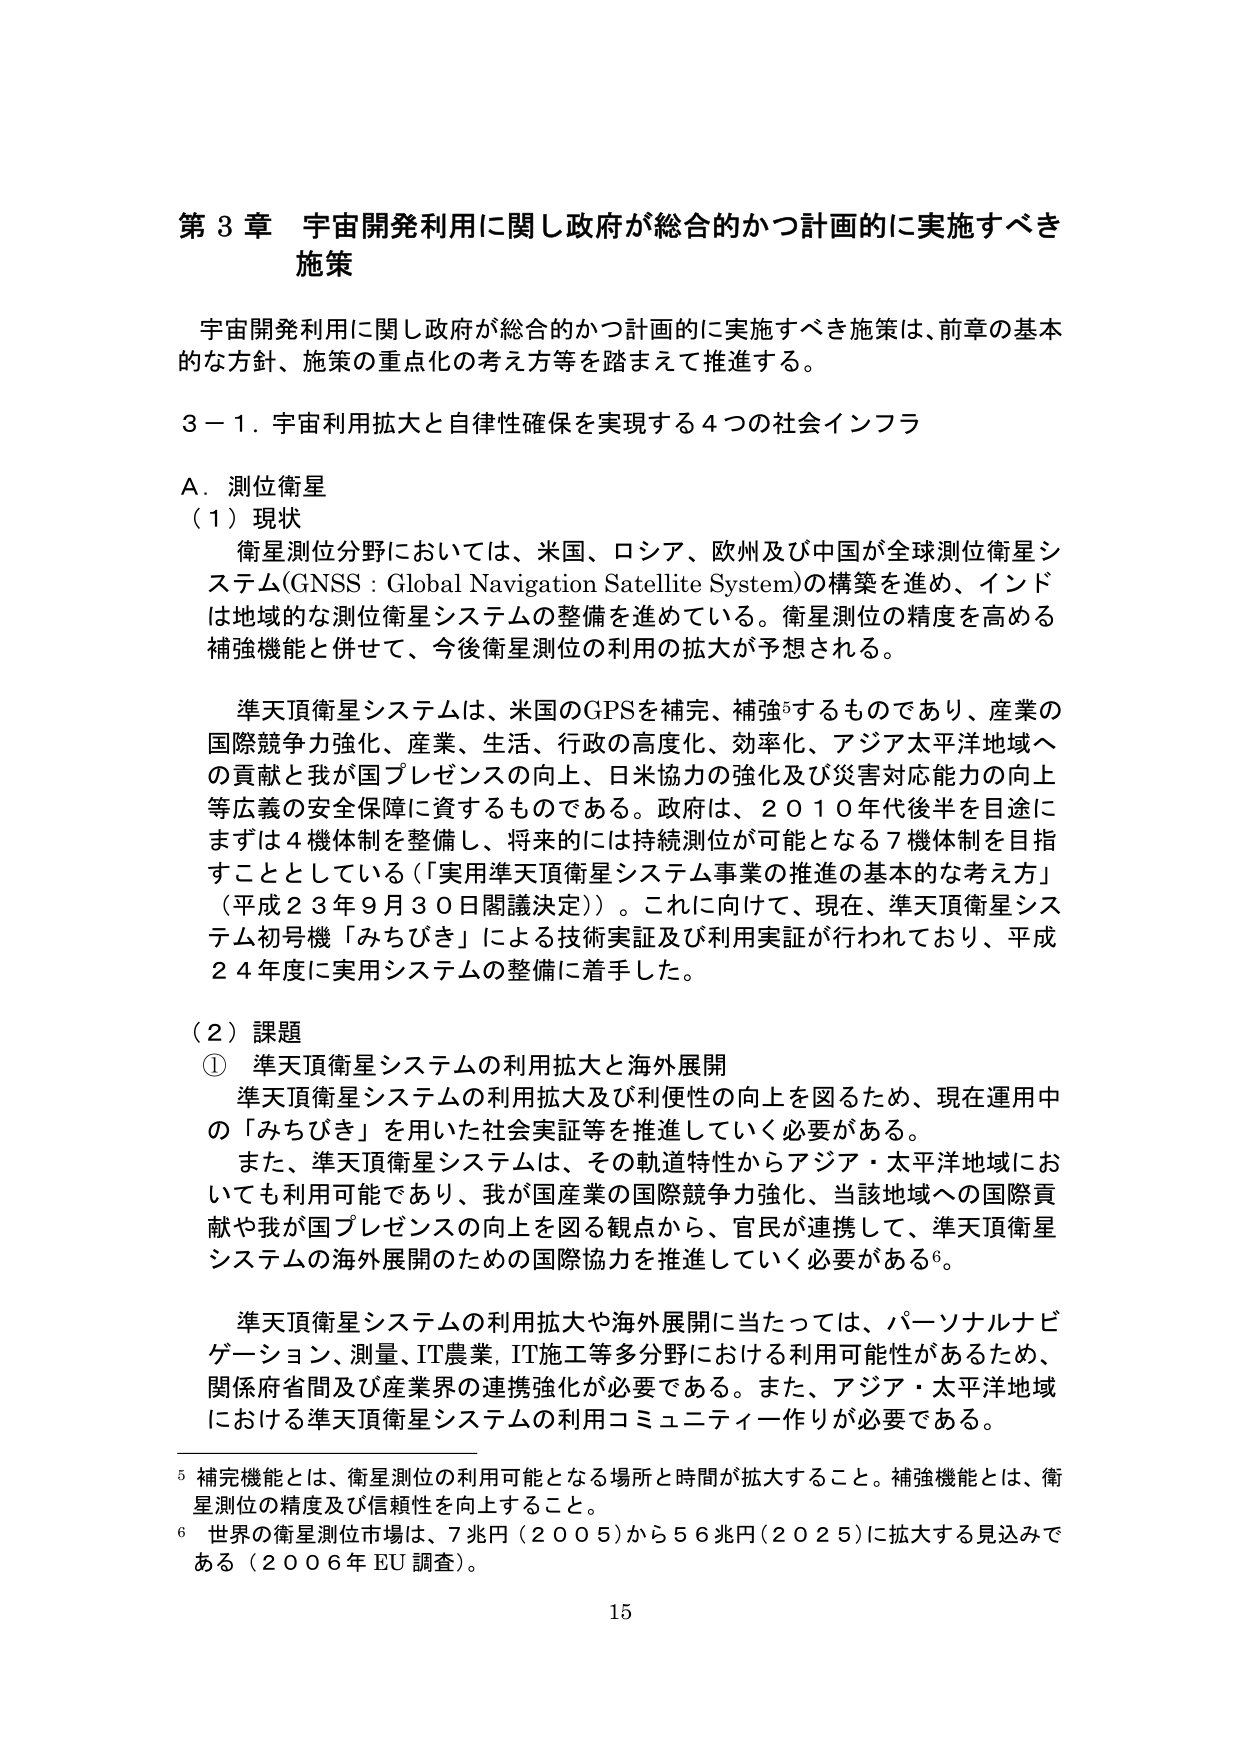
第３章 宇宙開発利用に関し政府が総合的かつ計画的に実施すべき施策

宇宙開発利用に関し政府が総合的かつ計画的に実施すべき施策は、前章の基本的な方針、施策の重点化の考え方等を踏まえて推進する。

３－１．宇宙利用拡大と自律性確保を実現する４つの社会インフラ

Ａ．測位衛星

（１）現状

衛星測位分野においては、米国、ロシア、欧州及び中国が全球測位衛星システム（GNSS：Global Navigation Satellite System）の構築を進め、インドは地域的な測位衛星システムの整備を進めている。衛星測位の精度を高める補強機能と併せて、今後衛星測位の利用の拡大が予想される。

準天頂衛星システムは、米国のGPSを補完、補強⁵するものであり、産業の国際競争力強化、産業、生活、行政の高度化、効率化、アジア太平洋地域への貢献と我が国プレゼンスの向上、日米協力の強化及び災害対応能力の向上等広義の安全保障に資するものである。政府は、２０１０年代後半を目途にまずは４機体制を整備し、将来的には持続測位が可能となる７機体制を目指すこととしている（「実用準天頂衛星システム事業の推進の基本的な考え方」（平成２３年９月３０日閣議決定））。これに向けて、現在、準天頂衛星システム初号機「みちびき」による技術実証及び利用実証が行われており、平成２４年度に実用システムの整備に着手した。

（２）課題

① 準天頂衛星システムの利用拡大と海外展開

準天頂衛星システムの利用拡大及び利便性の向上を図るため、現在運用中の「みちびき」を用いた社会実証等を推進していく必要がある。

また、準天頂衛星システムは、その軌道特性からアジア・太平洋地域においても利用可能であり、我が国産業の国際競争力強化、当該地域への国際貢献や我が国プレゼンスの向上を図る観点から、官民が連携して、準天頂衛星システムの海外展開のための国際協力を推進していく必要がある⁶。

準天頂衛星システムの利用拡大や海外展開に当たっては、パーソナルナビゲーション、測量、IT農業、IT施工等多分野における利用可能性があるため、関係府省間及び産業界の連携強化が必要である。また、アジア・太平洋地域における準天頂衛星システムの利用コミュニティ作りが必要である。

⁵ 補完機能とは、衛星測位の利用可能となる場所と時間が拡大すること。補強機能とは、衛星測位の精度及び信頼性を向上すること。

⁶ 世界の衛星測位市場は、７兆円（２００５）から５６兆円（２０２５）に拡大する見込みである（２００６年 EU 調査）。

15